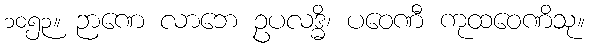
၁၀၅၃။ ဉာဏေ လာဘေ ဥပလဒ္ဓိ၊ ပဝေဏီ ကုထဝေဏိသု။